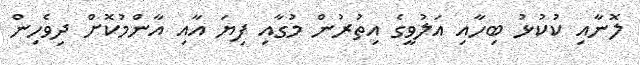
ލޮނާއި ކުކުޅު ބިހާއި އަލުވީގެ އިތުރުން މުގާއި ފިޔަ އާއި އާންމުކޮށް ދިވެހިން